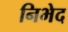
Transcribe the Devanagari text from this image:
निभेद